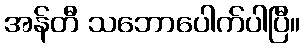
အန်တီ သဘောပေါက်ပါပြီ။